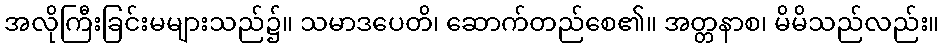
အလိုကြီးခြင်းမများသည်၌။ သမာဒပေတိ၊ ဆောက်တည်စေ၏။ အတ္တနာစ၊ မိမိသည်လည်း။